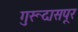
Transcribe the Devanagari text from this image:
गुरूदासपूर